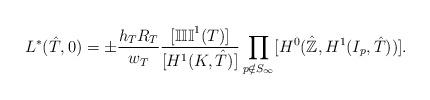
LaTeX: \begin{align*}L^{*}(\hat{T},0)=\pm \frac{h_TR_T}{w_T}\frac{[\mathbb{III}^1(T)]}{[H^{1}(K,\hat{T})]} \prod_{p \notin S_{\infty}}[H^0(\hat{\mathbb{Z}},H^1(I_p,\hat{T}))].\end{align*}